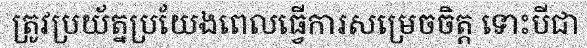
ត្រូវប្រយ័ត្នប្រយែងពេលធ្វើការសម្រេចចិត្ត ទោះបីជា